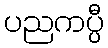
ပညကပ္ပီ